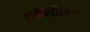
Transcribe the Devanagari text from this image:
इनीशीएटर